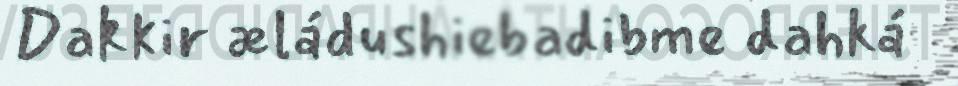
Dakkir æládushiebadibme dahká